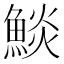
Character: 𩸥